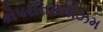
કોપરનિકનીઝમ